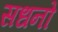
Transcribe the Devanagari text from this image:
सधनो